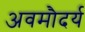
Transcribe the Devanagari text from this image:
अवमौदर्य